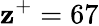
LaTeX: \mathbf{z}^{+}=67